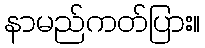
နာမည်ကတ်ပြား။